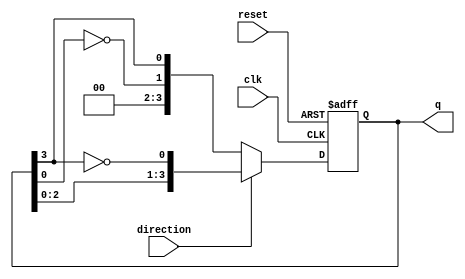
module bidirectional_johnson_counter (
    input wire clk,             // Clock input
    input wire reset,           // Asynchronous reset
    input wire direction,       // Direction control (1 for up, 0 for down)
    output reg [n-1:0] q        // Output of the counter
);
    parameter n = 4;            // Number of flip-flops (adjust as needed)

    always @(posedge clk or posedge reset) begin
        if (reset) begin
            q <= 0;             // Reset the counter to zero
        end else begin
            if (direction) begin // Count up
                q <= {q[n-2:0], ~q[n-1]}; // Shift left and feedback inverted last bit
            end else begin       // Count down
                q <= {~q[0], q[n-1:n-1]}; // Shift right with feedback inverted first bit
            end
        end
    end
endmodule